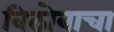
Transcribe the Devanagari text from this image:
विठोबाचा